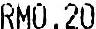
RM0.20